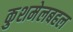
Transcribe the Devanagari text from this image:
कुशमेलबहल